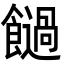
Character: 𩟂